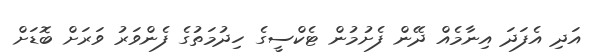
އަދި އެފަދަ އިނާމެއް ދޭން ފެށުމުން ޓެކްސީގެ ހިދުމަތުގެ ފެންވަރު ވަރަށް ބޮޑަށް